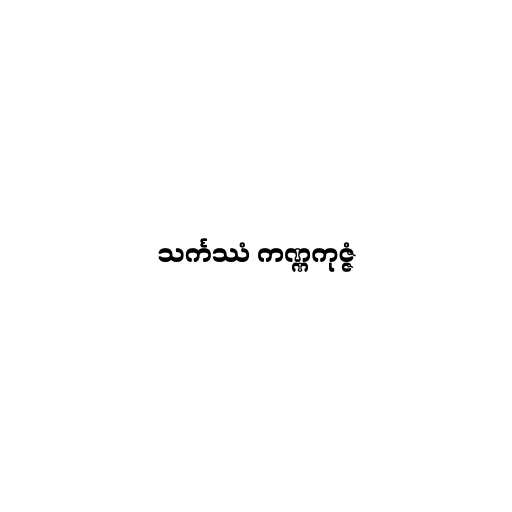
သင်္ကဿံ ကဏ္ဏကုဇ္ဇံ